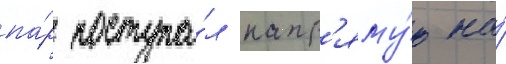
па́р поступа́л напр'яму́ю на́